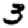
Digit: 3